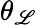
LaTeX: \theta_{\mathscr{L}}